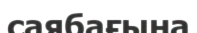
саябағына